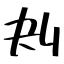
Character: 刔